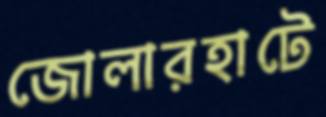
জোলারহাটে